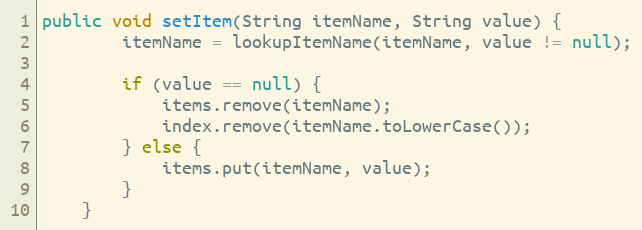
Language: Java
public void setItem(String itemName, String value) {
        itemName = lookupItemName(itemName, value != null);

        if (value == null) {
            items.remove(itemName);
            index.remove(itemName.toLowerCase());
        } else {
            items.put(itemName, value);
        }
    }